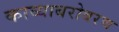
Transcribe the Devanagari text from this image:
काव्याबरोबरच